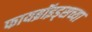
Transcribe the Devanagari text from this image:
फायब्रॉइड्सच्या